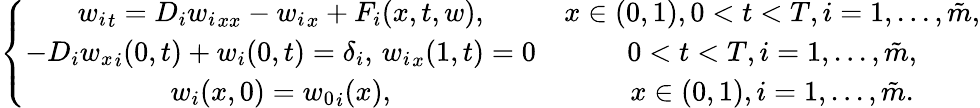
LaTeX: \left\{ \begin{array}{cc}{{w_{i}}_{t}=D_{i}{w_{i}}_{xx}-{w_{i}}_{x}+F_{i}(x,t,w),}&{x\in(0,1),0<t<T,i=1,...,\tilde{m},}\\ {-D_{i}{w_{x}}_{i}(0,t)+w_{i}(0,t)=\delta_{i},\, {w_{i}}_{x}(1,t)=0}&{0<t<T,i=1,...,\tilde{m},}\\ {w_{i}(x,0)={w_{0}}_{i}(x),}&{x\in(0,1),i=1,...,\tilde{m}.}\end{array}\right.